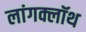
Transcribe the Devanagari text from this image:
लांगक्लॉथ